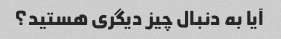
آیا به دنبال چیز دیگری هستید؟